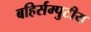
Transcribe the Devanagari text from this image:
बहिर्सम्पुटीय